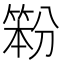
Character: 𰪇